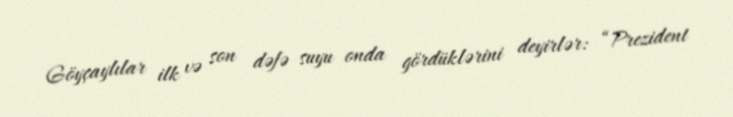
Göyçaylılar ilk və son dəfə suyu onda gördüklərini deyirlər: “Prezident